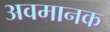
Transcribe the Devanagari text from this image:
अवमानक